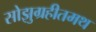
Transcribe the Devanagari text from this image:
सोझुग्रहीतमथ